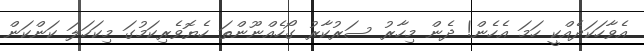
އެވާހަކަދެއްކީ ހަމަ އެހެން! ދެން މިހާރު ސަރުކާރު ގޯހެއްނޫންތަ ހެޔޮވެރިކަމުގަ މިކަހަލަ ކަންކަން